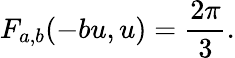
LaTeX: F_{a,b}(-bu,u)=\frac{2\pi}{3}.